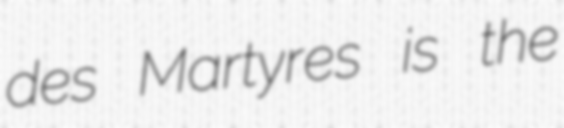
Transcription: des Martyres is the